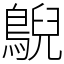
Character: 鶃